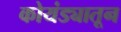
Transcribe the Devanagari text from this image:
कोयंड्यातून